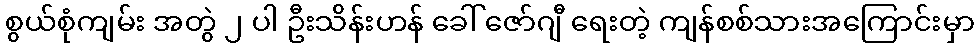
စွယ်စုံကျမ်း အတွဲ ၂ ပါ ဦးသိန်းဟန် ခေါ် ဇော်ဂျီ ရေးတဲ့ ကျန်စစ်သားအကြောင်းမှာ